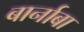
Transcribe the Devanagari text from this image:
बार्नाबा